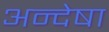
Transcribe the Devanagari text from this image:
अन्देषा